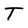
Character: T